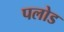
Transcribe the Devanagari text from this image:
पलोड